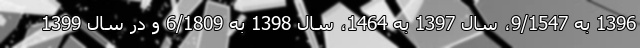
1396 به 9/1547، سال 1397 به 1464، سال 1398 به 6/1809 و در سال 1399